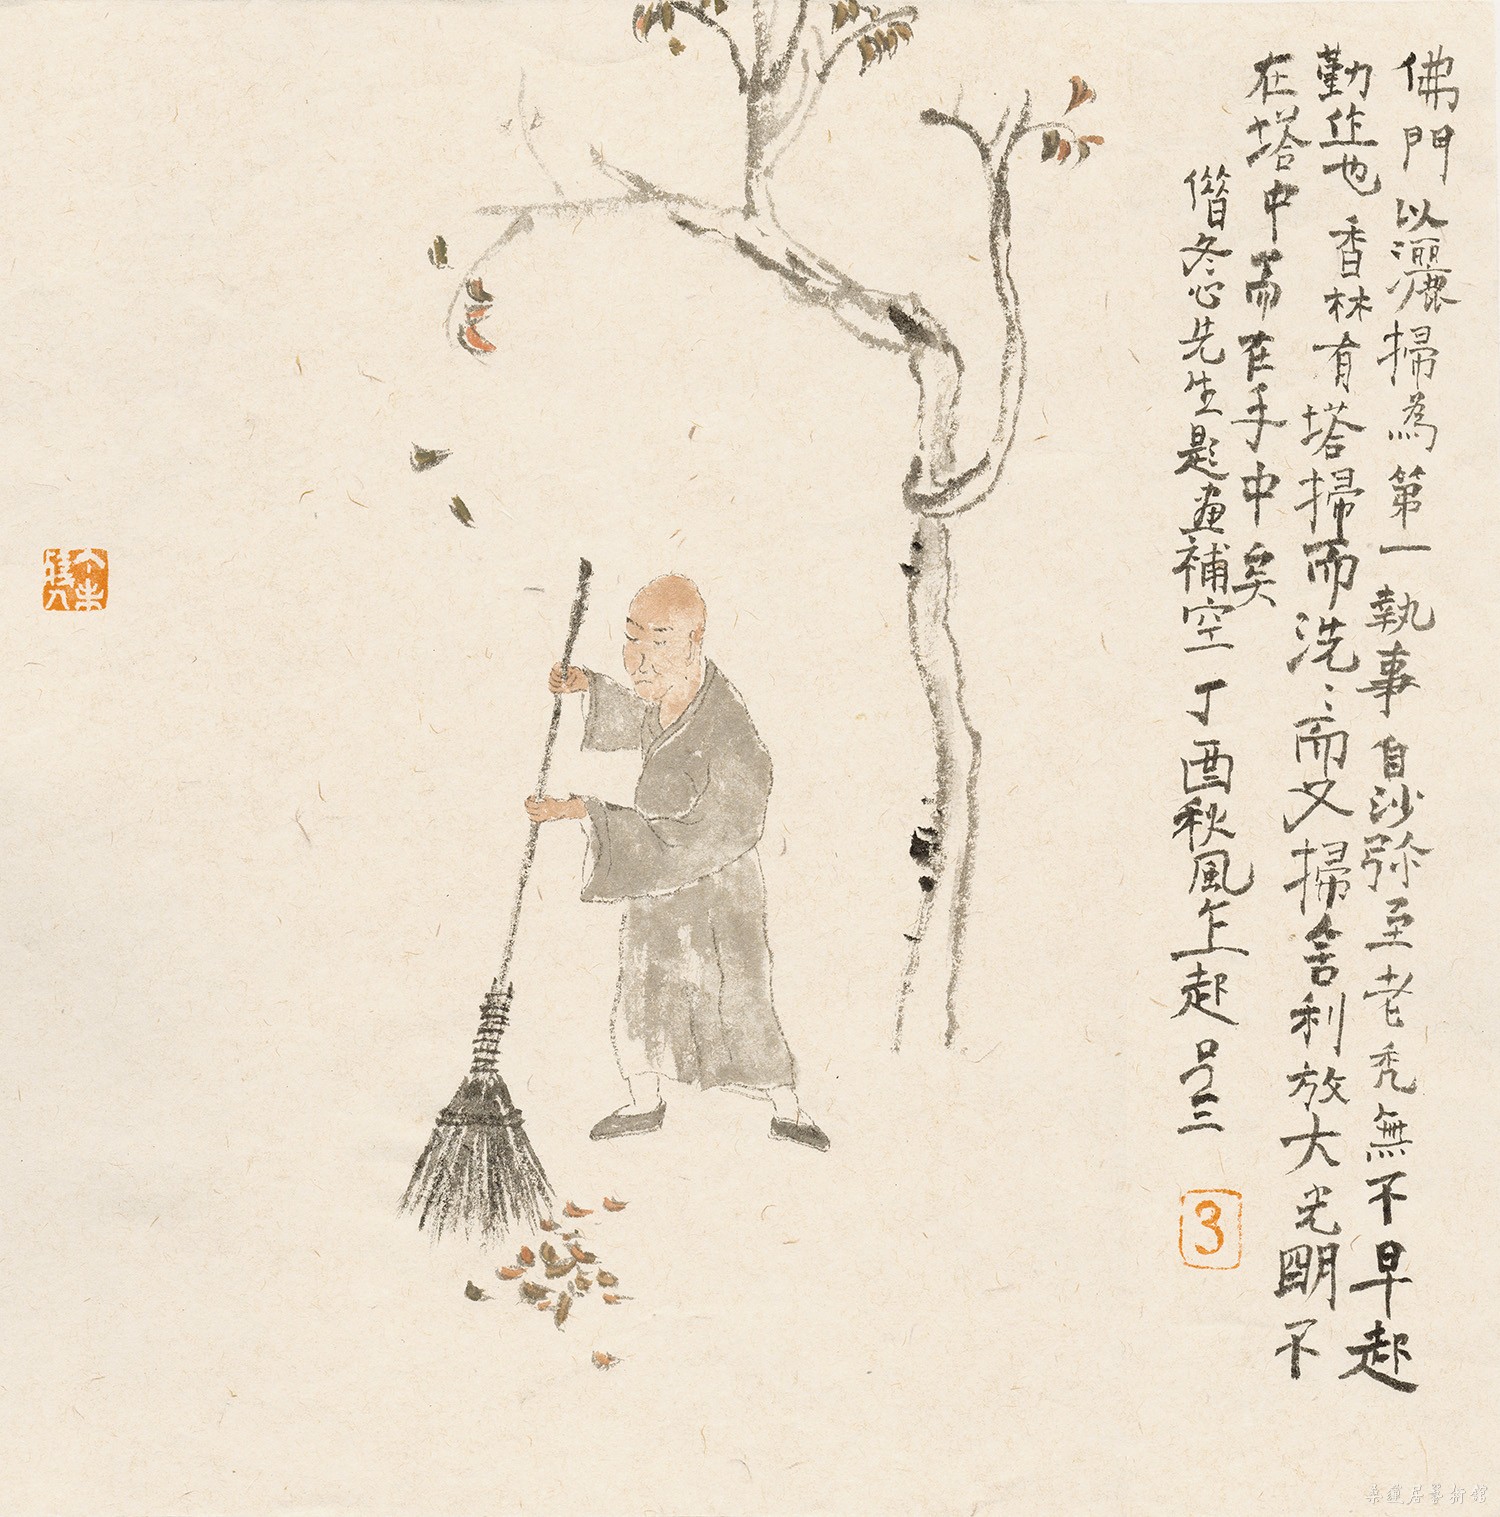
世界微尘里，吾宁爱与憎。